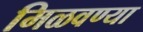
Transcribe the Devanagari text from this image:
मिळवण्या